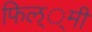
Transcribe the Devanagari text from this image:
फिल््मी